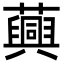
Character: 䕟